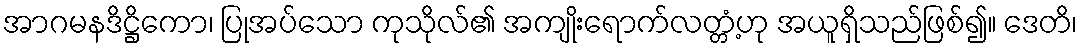
အာဂမနဒိဋ္ဌိကော၊ ပြုအပ်သော ကုသိုလ်၏ အကျိုးရောက်လတ္တံ့ဟု အယူရှိသည်ဖြစ်၍။ ဒေတိ၊